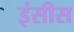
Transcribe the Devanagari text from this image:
इंसीस